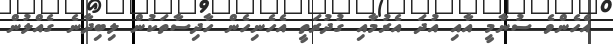
އެހެންވެ ސުނާމީ އާއި އުދަ އެރުމާއި ގުދުރަތީ އެހެނިހެން ހާދިސާތަކުން ލިބިދާނެ ގެއްލުން